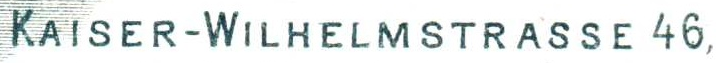
KAISER-WILHELMSTRASSE 46,